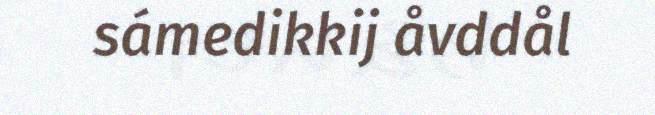
sámedikkij åvddål